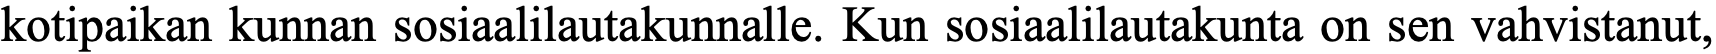
kotipaikan kunnan sosiaalilautakunnalle. Kun sosiaalilautakunta on sen vahvistanut,